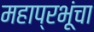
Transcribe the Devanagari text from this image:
महाप्रभूंचा